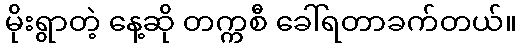
မိုးရွာတဲ့ နေ့ဆို တက္ကစီ ခေါ်ရတာခက်တယ်။